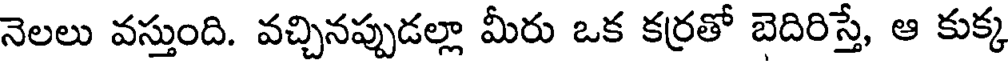
నెలలు వస్తుంది. వచ్చినప్పుడల్లా మీరు ఒక కర్రతో బెదిరిస్తే, ఆ కుక్క